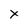
Character: X